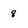
Character: 8